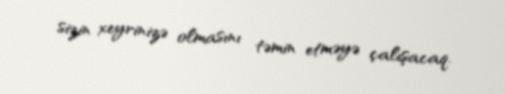
sizin xeyrinizə olmasını təmin etməyə çalışacaq.